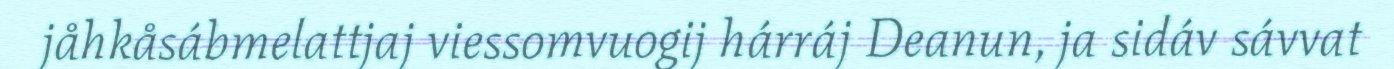
jåhkåsábmelattjaj viessomvuogij hárráj Deanun, ja sidáv sávvat